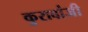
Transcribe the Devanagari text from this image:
कुरावांजी